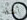
أعتقد